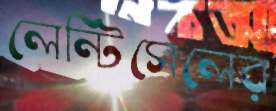
লেন্টিসেলের